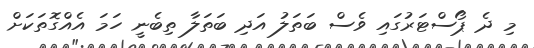
މި ދެ ޕޯސްޓަރުގައި ވެސް ބަތަލު އަދި ބަތަލާ ތިބެނީ ހަމަ އެއްގޮތަކަށް